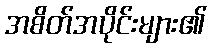
အစိတ်အပိုင်းများ၏